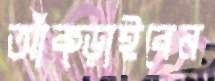
আঁক্‌ড়াইবেন